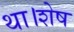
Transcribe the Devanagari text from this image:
था।शेष